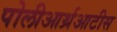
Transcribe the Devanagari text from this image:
पोलीआर्थ्रआटीस